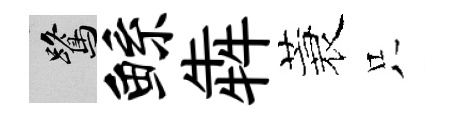
鷺鲧犇蓑只